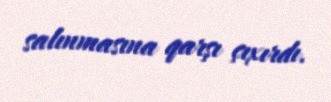
salınmasına qarşı çıxırdı.